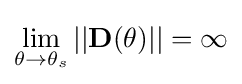
\lim _{\theta \to \theta _{s}}||\mathbf {D} (\theta )||=\infty